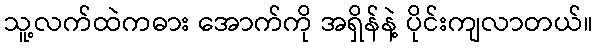
သူ့လက်ထဲကဓား အောက်ကို အရှိန်နဲ့ ပိုင်းကျလာတယ်။